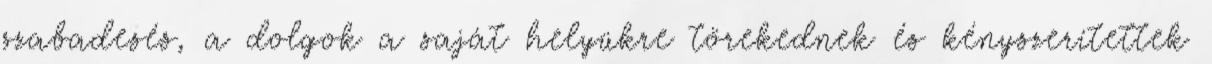
szabadesés, a dolgok a saját helyükre törekednek és kényszerítettek